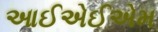
આઈએઈએમ